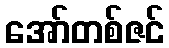
အော်တစ်ဇင်